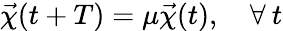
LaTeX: \vec{\chi}(t+T)=\mu\vec{\chi}(t),\quad\forall\: t